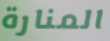
المنارة